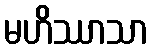
မဟိဿာသာ